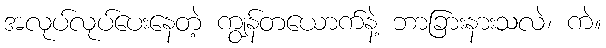
အလုပ်လုပ်ပေးနေတဲ့ ကျွန်တယောက်နဲ့ ဘာခြားနားသလဲ၊ ကဲ။